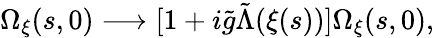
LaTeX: \Omega_{\xi}(s,0)\longrightarrow[1+i{\tilde{g}}{\tilde{\Lambda}}(\xi(s))]\Omega_{\xi}(s,0),